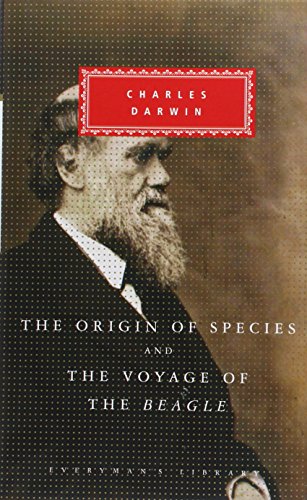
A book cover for The Origin of Species and the Voyage of the Beagle; Charles Darwin; Science & Math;